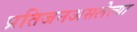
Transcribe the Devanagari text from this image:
प्रतिजनअसलेल्या